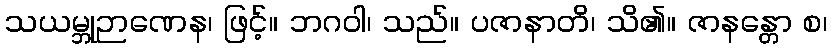
သယမ္ဘုဉာဏေန၊ ဖြင့်။ ဘဂဝါ၊ သည်။ ပဇာနာတိ၊ သိ၏။ ဇာနန္တော စ၊